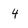
Character: 4